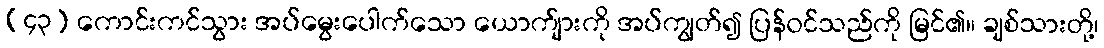
(၄၃) ကောင်းကင်သွား အပ်မွေးပေါက်သော ယောက်ျားကို အပ်ကျွတ်၍ ပြန်ဝင်သည်ကို မြင်၏။ ချစ်သားတို့၊